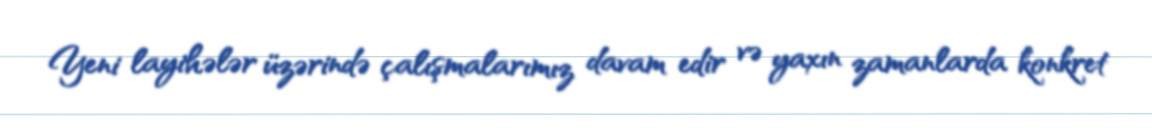
Yeni layihələr üzərində çalışmalarımız davam edir və yaxın zamanlarda konkret